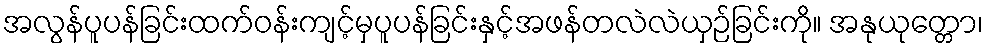
အလွန်ပူပန်ခြင်းထက်ဝန်းကျင့်မှပူပန်ခြင်းနှင့်အဖန်တလဲလဲယှဉ်ခြင်းကို။ အနုယုတ္တော၊